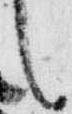
言